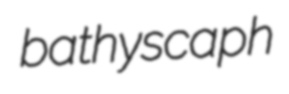
bathyscaph